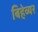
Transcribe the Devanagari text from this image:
बिहेव्यर